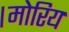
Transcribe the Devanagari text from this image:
।मोरिय